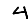
Digit: 4